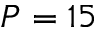
P = 1 5